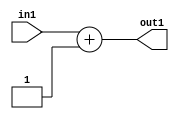
`timescale 1ps / 1ps
/*****************************************************************************
    Verilog RTL Description
    
    
    Created by: Stratus DpOpt 2019.1.01 
*******************************************************************************/

module GaussianFilter_Add2i1u2_1 (
	in1,
	out1
	); /* architecture "behavioural" */ 
input [1:0] in1;
output [1:0] out1;
wire [1:0] asc001;

assign asc001 = 
	+(in1)
	+(2'B01);

assign out1 = asc001;
endmodule

/* CADENCE  urjwTQw= : u9/ySgnWtBlWxVPRXgAZ4Og= ** DO NOT EDIT THIS LINE ******/